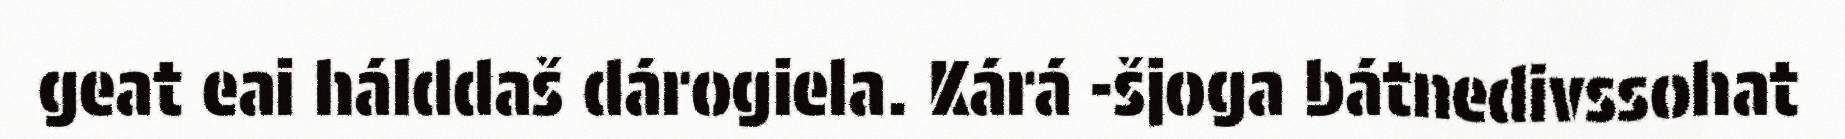
geat eai hálddaš dárogiela. Kárá -šjoga bátnedivssohat